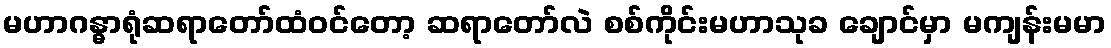
မဟာဂန္ဓာရုံဆရာတော်ထံဝင်တော့ ဆရာတော်လဲ စစ်ကိုင်းမဟာသုခ ချောင်မှာ မကျန်းမမာ